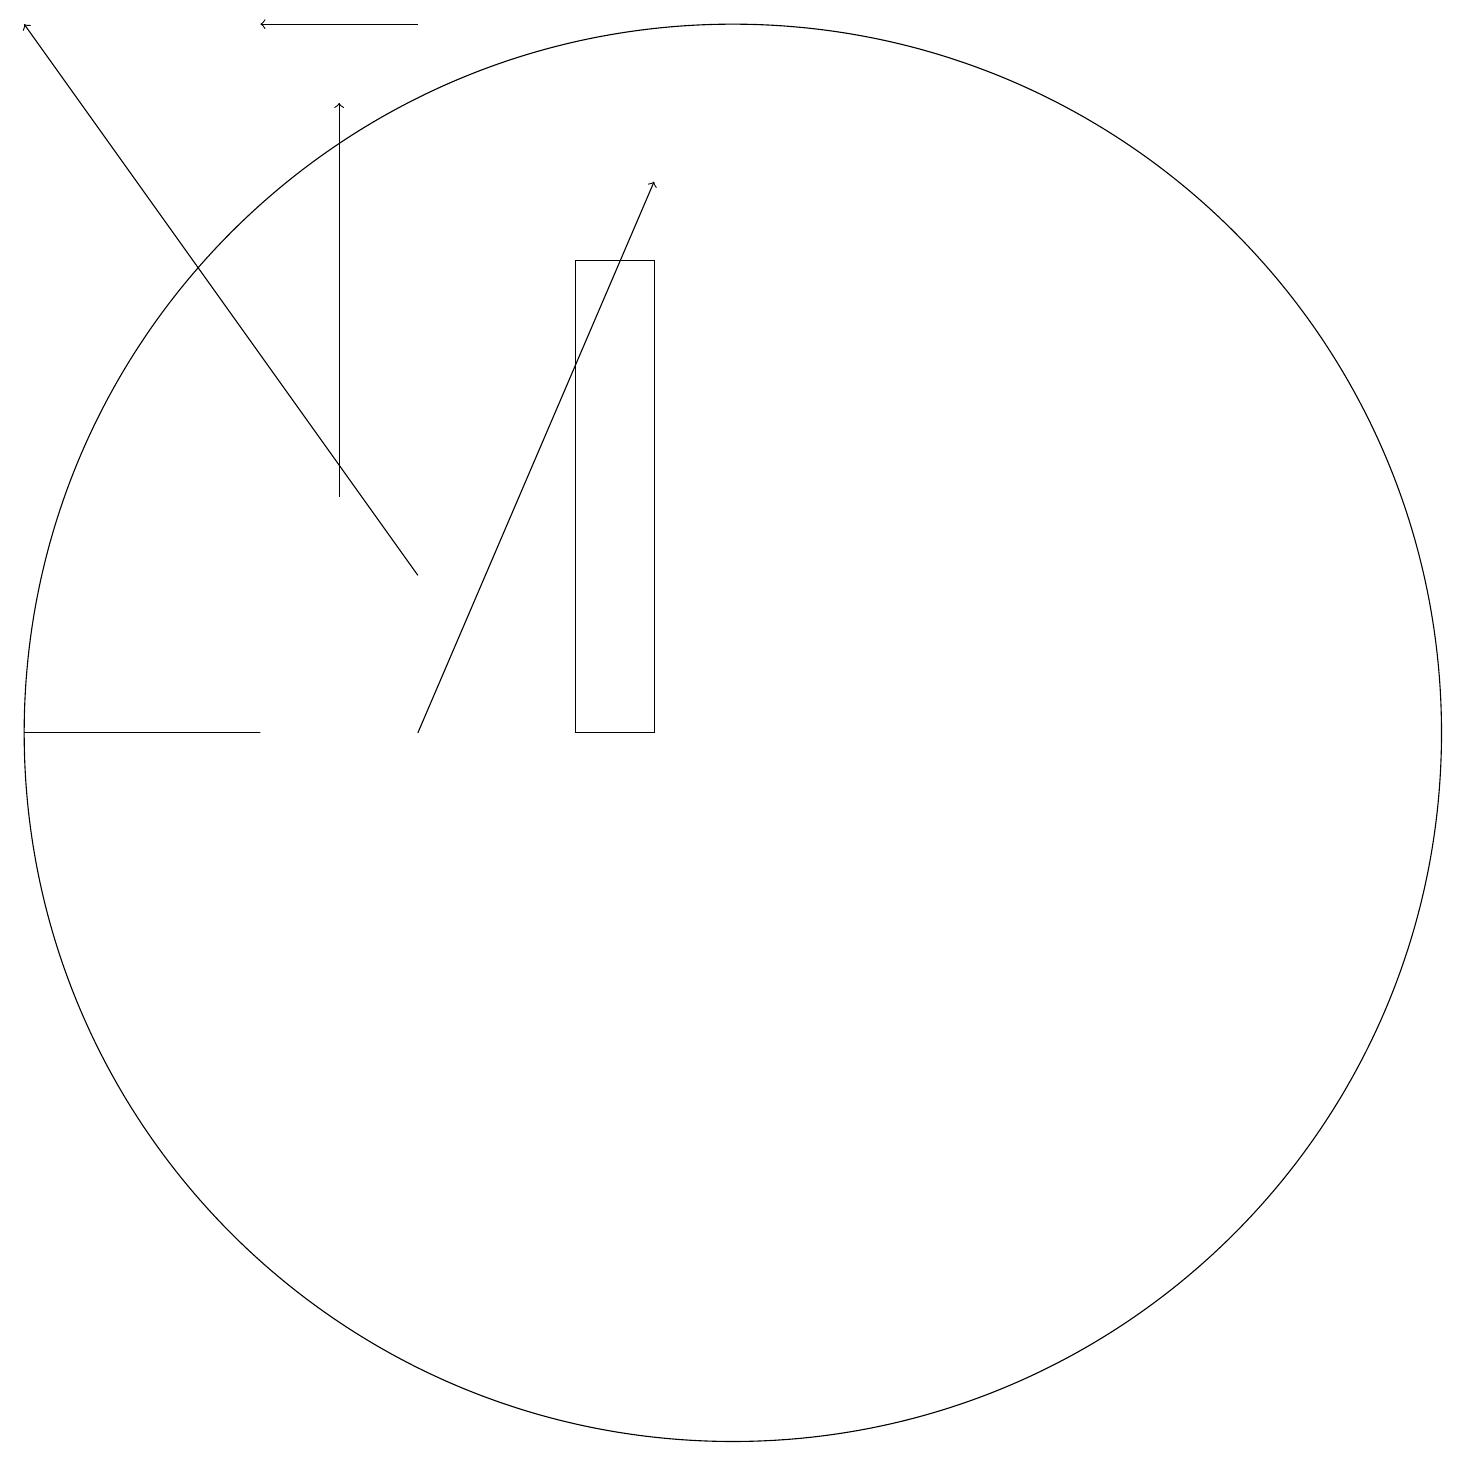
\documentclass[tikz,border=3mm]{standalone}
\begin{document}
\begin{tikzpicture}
\draw[->] (5,13) -- (5,18);
\draw (9,16) rectangle (8,10);
\draw[->] (6,19) -- (4,19);
\draw (10,10) circle (9);
\draw (4,10) rectangle (1,10);
\draw[->] (6,12) -- (1,19);
\draw[->] (6,10) -- (9,17);
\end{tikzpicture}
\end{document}